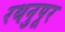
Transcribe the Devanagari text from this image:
रथनुपूर